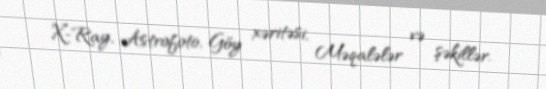
X-Ray, Astrofoto, Göy xəritəsi, Məqalələr və şəkillər.